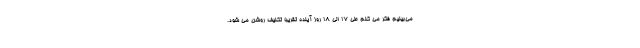
می‌بینیم فکر می کنم طی ۱۷ الی ۱۸ روز آینده تقریبا تکلیف روشن می شود.